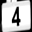
Digit: 4